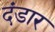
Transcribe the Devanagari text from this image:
दंडार